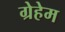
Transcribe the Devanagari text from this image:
ग्रेहेम